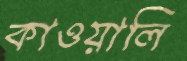
কাওয়ালি